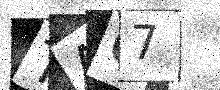
Text: TA67